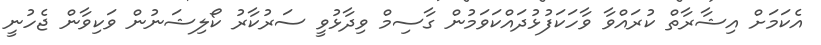
އެކަމަށް އިޝާރާތް ކުރައްވާ ވާހަކަފުޅުދައްކަވަމުން ގާސިމް ވިދާޅުވީ ސަރުކާރު ކޯލިޝަނުން ވަކިވާން ޖެހުނީ